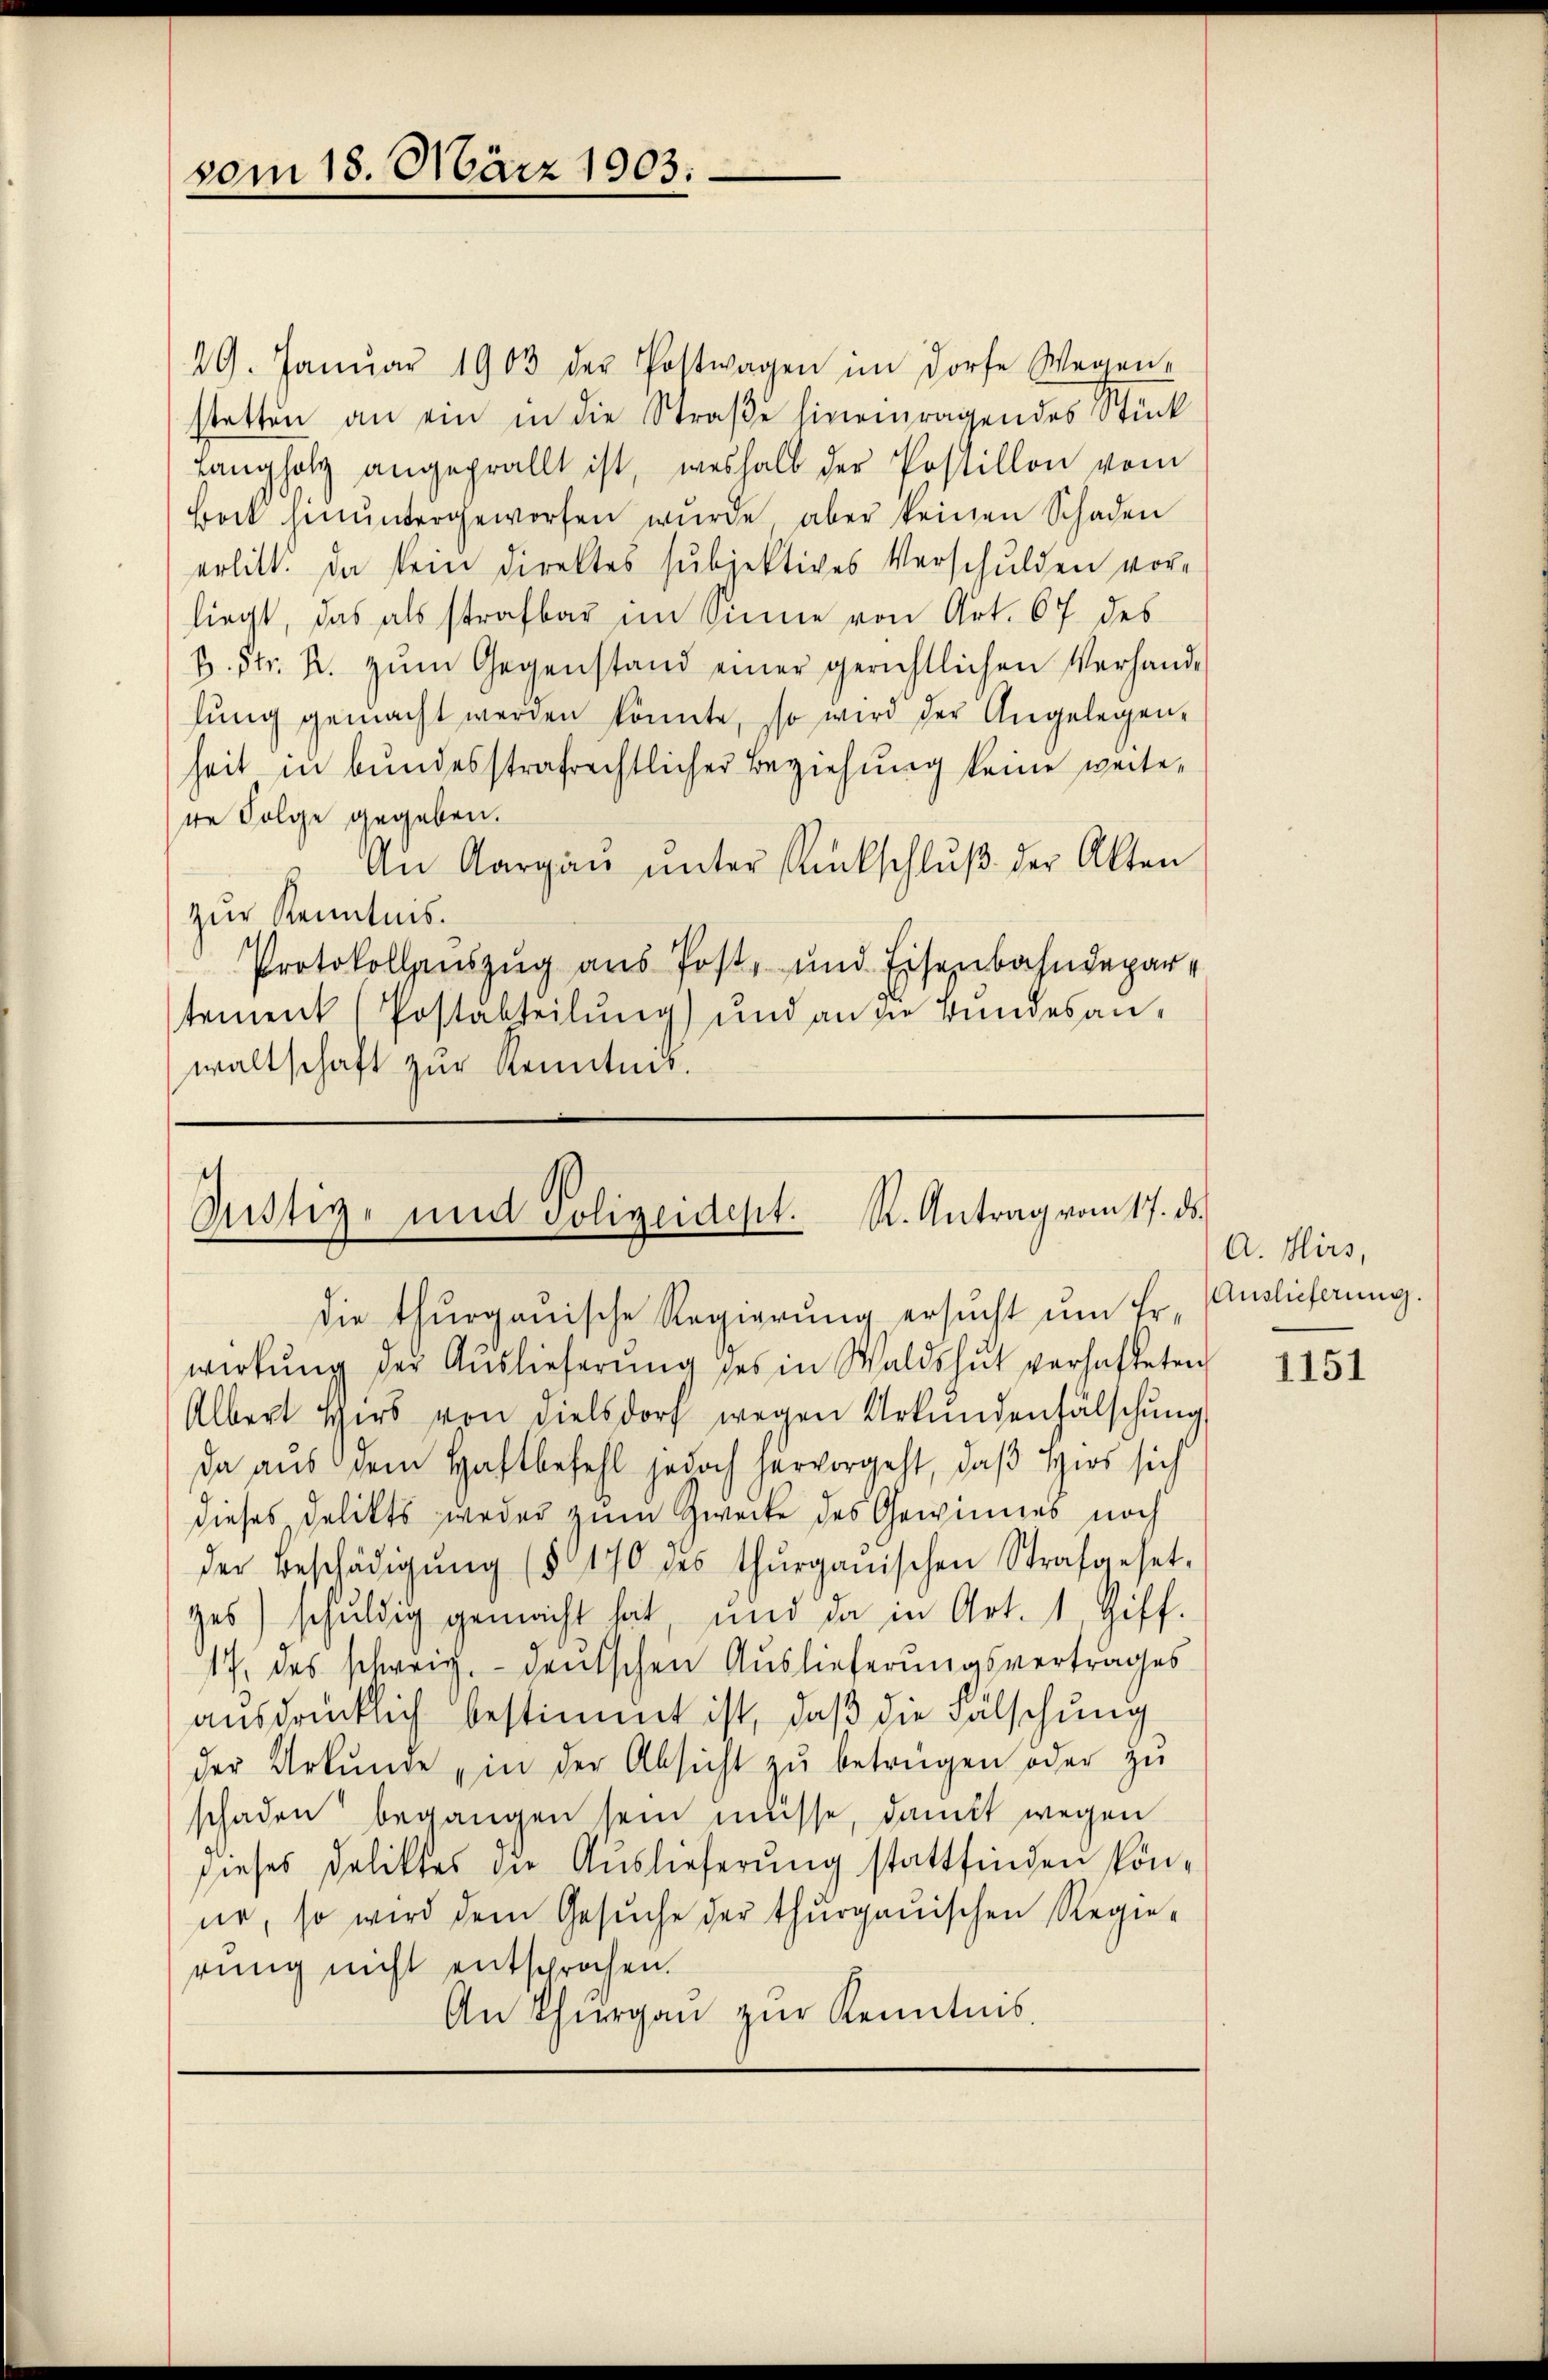
vom 18. März 1903.

29. Janŭar 1903 der Postwagen im Dorfe Wegen-
statten an ein in die Straße hineinragendes Stück
Langholz angeprällt ist, weshalb der Postillon vom
bock hinŭntergeworfen würde, aber keinen Schaden
erlitt. Da sein direktes subjektives Verschulden vor-
liegt, das als strafbar im Sinne von Art. 67 des
p. Str. R. zŭm Gegenstand einer gerichtlichen Verhand-
lŭng gemacht werden könnte, so wird der Angelegen-
heit in bundesstrafrechtlicher Beziehung keine weitese Folge gegeben.
An Aargaŭ ŭnter Rückschlŭβ der Akten
zur Kenntnis.
Protokollauszug aus Post- und Eisenbahndepartement (Postabteilung) und an die Bundesanwaltschaft zur Kenntnis.

Justig, und Polizeidept. R. Antrag vom 17. ds.

die thurgauische Regierung ersŭcht ŭm Er - Auslieferung.
wirkŭng der Auslieferŭng des in Waldshut verhafteten
Albert Hers von Dielsdorf wegen Urkundenhälschung
da aus dem Haftbefehl jedoch hervorgeht, daß Hirs sich
dieses Delikts weder zum Zwecke des Gewinnes noch
der Beschädigŭng (§ 170 des thurgauischen Strafgeset-
ges) schuldig gemacht hat, und da in Art. 1, giff.
17. des schweiz.- deutschen Auslieferungsvertrages
ausdrücklich bestimmt ist, daß die Fälschung
der Urkŭnde in der Absicht zŭ betrügen oder zŭ
schaden begangen sein müsse, damit wegen
dieses Deliktes die Auslieferung stattfinden könne, so wird dem Gesŭche der thurgauischen Regierung nicht entsprochen.
An Thurgau zŭr Kenntnis.

A. Hirs,

1151